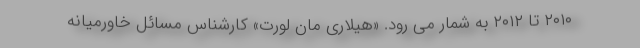
۲۰۱۰ تا ۲۰۱۲ به شمار می رود. «هیلاری مان لورت» کارشناس مسائل خاورمیانه